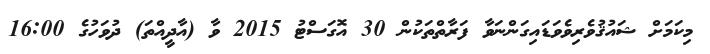
މިކަމަށް ޝައުޤުވެރިވެވަޑައިގަންނަވާ ފަރާތްތަކުން 30 އޮގަސްޓު 2015 ވާ (އާދީއްތަ) ދުވަހުގެ 16:00